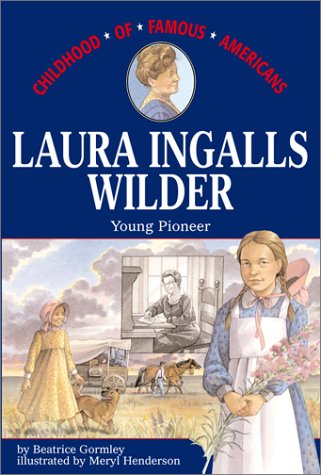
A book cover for Laura Ingalls Wilder: Young Pioneer (Childhood of Famous Americans); Beatrice Gormley; Children's Books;